Rangoon Lunatic Asylum 1878-1892 - 1878-1892
Year: 1878
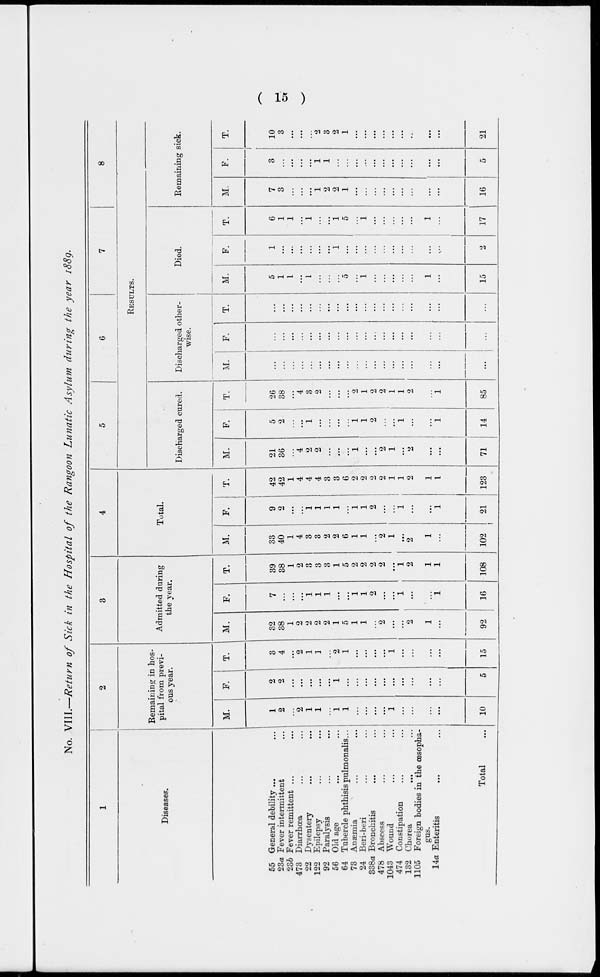
( 15 )
No. VIII.—Return of Sick in the Hospital of the Rangoon Lunatic Asylum during the year 1889.
1
Diseases.
55 General debility ... ...
23a Fever intermittent ...
23b Fever remittent ... ...
473 Diarrhœa ... ...
22 Dysentery ... ...
122 Epilepsy ... ...
92 Paralysis ... ...
56 Old age ... ...
64 Tubercle phthisis pulmonalis...
73 Anæmia ... ...
24 Beri-beri ... ...
338a Bronchitis ... ...
478 Abscess ... ...
1043 Wound
474 Constipation ... ...
132 Chorea ... ...
1105 Foreign bodies in the œsopha-
gus.
14a Enteritis ... ...
Total ...
2
Remaining in hos-
pital from previ-
ous year.
M.
1
2
...
2
1
1
...
1 1
...
...
...
...
1
...
...
...
...
10
F.
2
2
...
...
...
...
...
1
...
...
...
...
...
...
...
...
...
...
5
T.
3
4
...
2
1
1
...
2
1
...
...
...
...
1
...
...
...
...
15
3
Admitted during
the year.
M.
32
38
1
2
2
2
2
1
5
1
1
...
2
...
...
2
1
...
92
F.
7
...
...
...
1
1
1
...
...
1
1
2
...
...
1
...
...
1
16
T.
39
38
1
2
3
3
3
1
5
2
2
2
2
...
1
2
1
1
108
4
Total.
M.
33
40
1
4
3
3
2
2
6
1
1
...
2
1
...
2
1
...
102
F.
9
2
...
...
1
1
1
1
...
1
1
2
...
...
1
...
...
1
21
T.
42
42
1
4
4
4
3
3
6
2
2
2
2
1
1
2
1
1
123
5
6
7
8
RESULTS.
Discharged cured.
M.
21
36
...
4
2
2
...
...
...
1
...
...
2
1
...
2
...
...
71
F.
5
2
...
...
1
...
...
...
...
1
1
2
...
...
1
...
...
1
14
T.
26
38
...
4
3
2
...
...
...
2
1
2
2
1
1
2
...
1
85
Discharged other-
wise.
M.
...
...
...
...
...
...
...
...
...
...
...
...
...
...
...
...
...
...
...
F.
...
...
...
...
...
...
...
...
...
...
...
...
...
...
...
...
...
...
...
T.
...
...
...
...
...
...
...
...
...
...
...
...
...
...
...
...
...
...
...
Died.
M.
5
1
1
...
1
...
...
...
5
...
1
...
...
...
...
...
1
...
15
F.
1
...
...
...
...
...
...
1
...
...
...
...
...
...
...
...
...
...
2
T.
6
1
1
...
1
...
...
1
5
...
1
...
...
...
...
...
1
...
17
Remaining sick.
M.
7
3
...
...
...
1
2
2
1
...
...
...
...
...
...
...
...
...
16
F.
3
...
...
...
...
1
1
...
...
...
...
...
...
...
...
...
...
...
5
T.
10
3
...
...
...
2
3
2
1
...
...
...
...
...
...
...
...
...
21